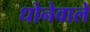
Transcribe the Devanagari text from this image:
धोनेवाले